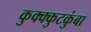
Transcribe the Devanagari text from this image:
कुक्क्कुटकुंबा